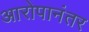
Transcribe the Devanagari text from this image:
आरोपानंतर